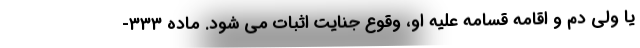
یا ولی دم و اقامه قسامه علیه او، وقوع جنایت اثبات می شود. ماده ۳۳۳-